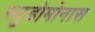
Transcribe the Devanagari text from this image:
स्युडोमोनास